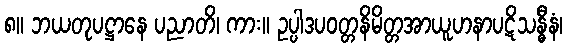
၈။ ဘယတုပဋ္ဌာနေ ပညာတိ၊ ကား။ ဥပ္ပါဒပဝတ္တနိမိတ္တအာယူဟနာပဋိသန္ဓီနံ၊